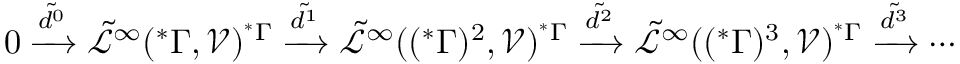
0 \xrightarrow { \tilde { d ^ { 0 } } } \tilde { \mathcal { L } } ^ { \infty } ( ^ { * } \Gamma , \mathcal { V } ) ^ { ^ { * } \Gamma } \xrightarrow { \tilde { d ^ { 1 } } } \tilde { \mathcal { L } } ^ { \infty } ( ( ^ { * } \Gamma ) ^ { 2 } , \mathcal { V } ) ^ { ^ { * } \Gamma } \xrightarrow { \tilde { d ^ { 2 } } } \tilde { \mathcal { L } } ^ { \infty } ( ( ^ { * } \Gamma ) ^ { 3 } , \mathcal { V } ) ^ { ^ { * } \Gamma } \xrightarrow { \tilde { d ^ { 3 } } } \cdots